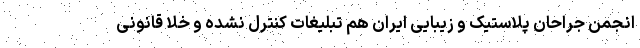
انجمن جراحان پلاستیک و زیبایی ایران هم تبلیغات کنترل نشده و خلا قانونی